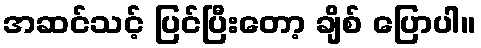
အဆင်သင့် ပြင်ပြီးတော့ ချိစ် ပြောပါ။